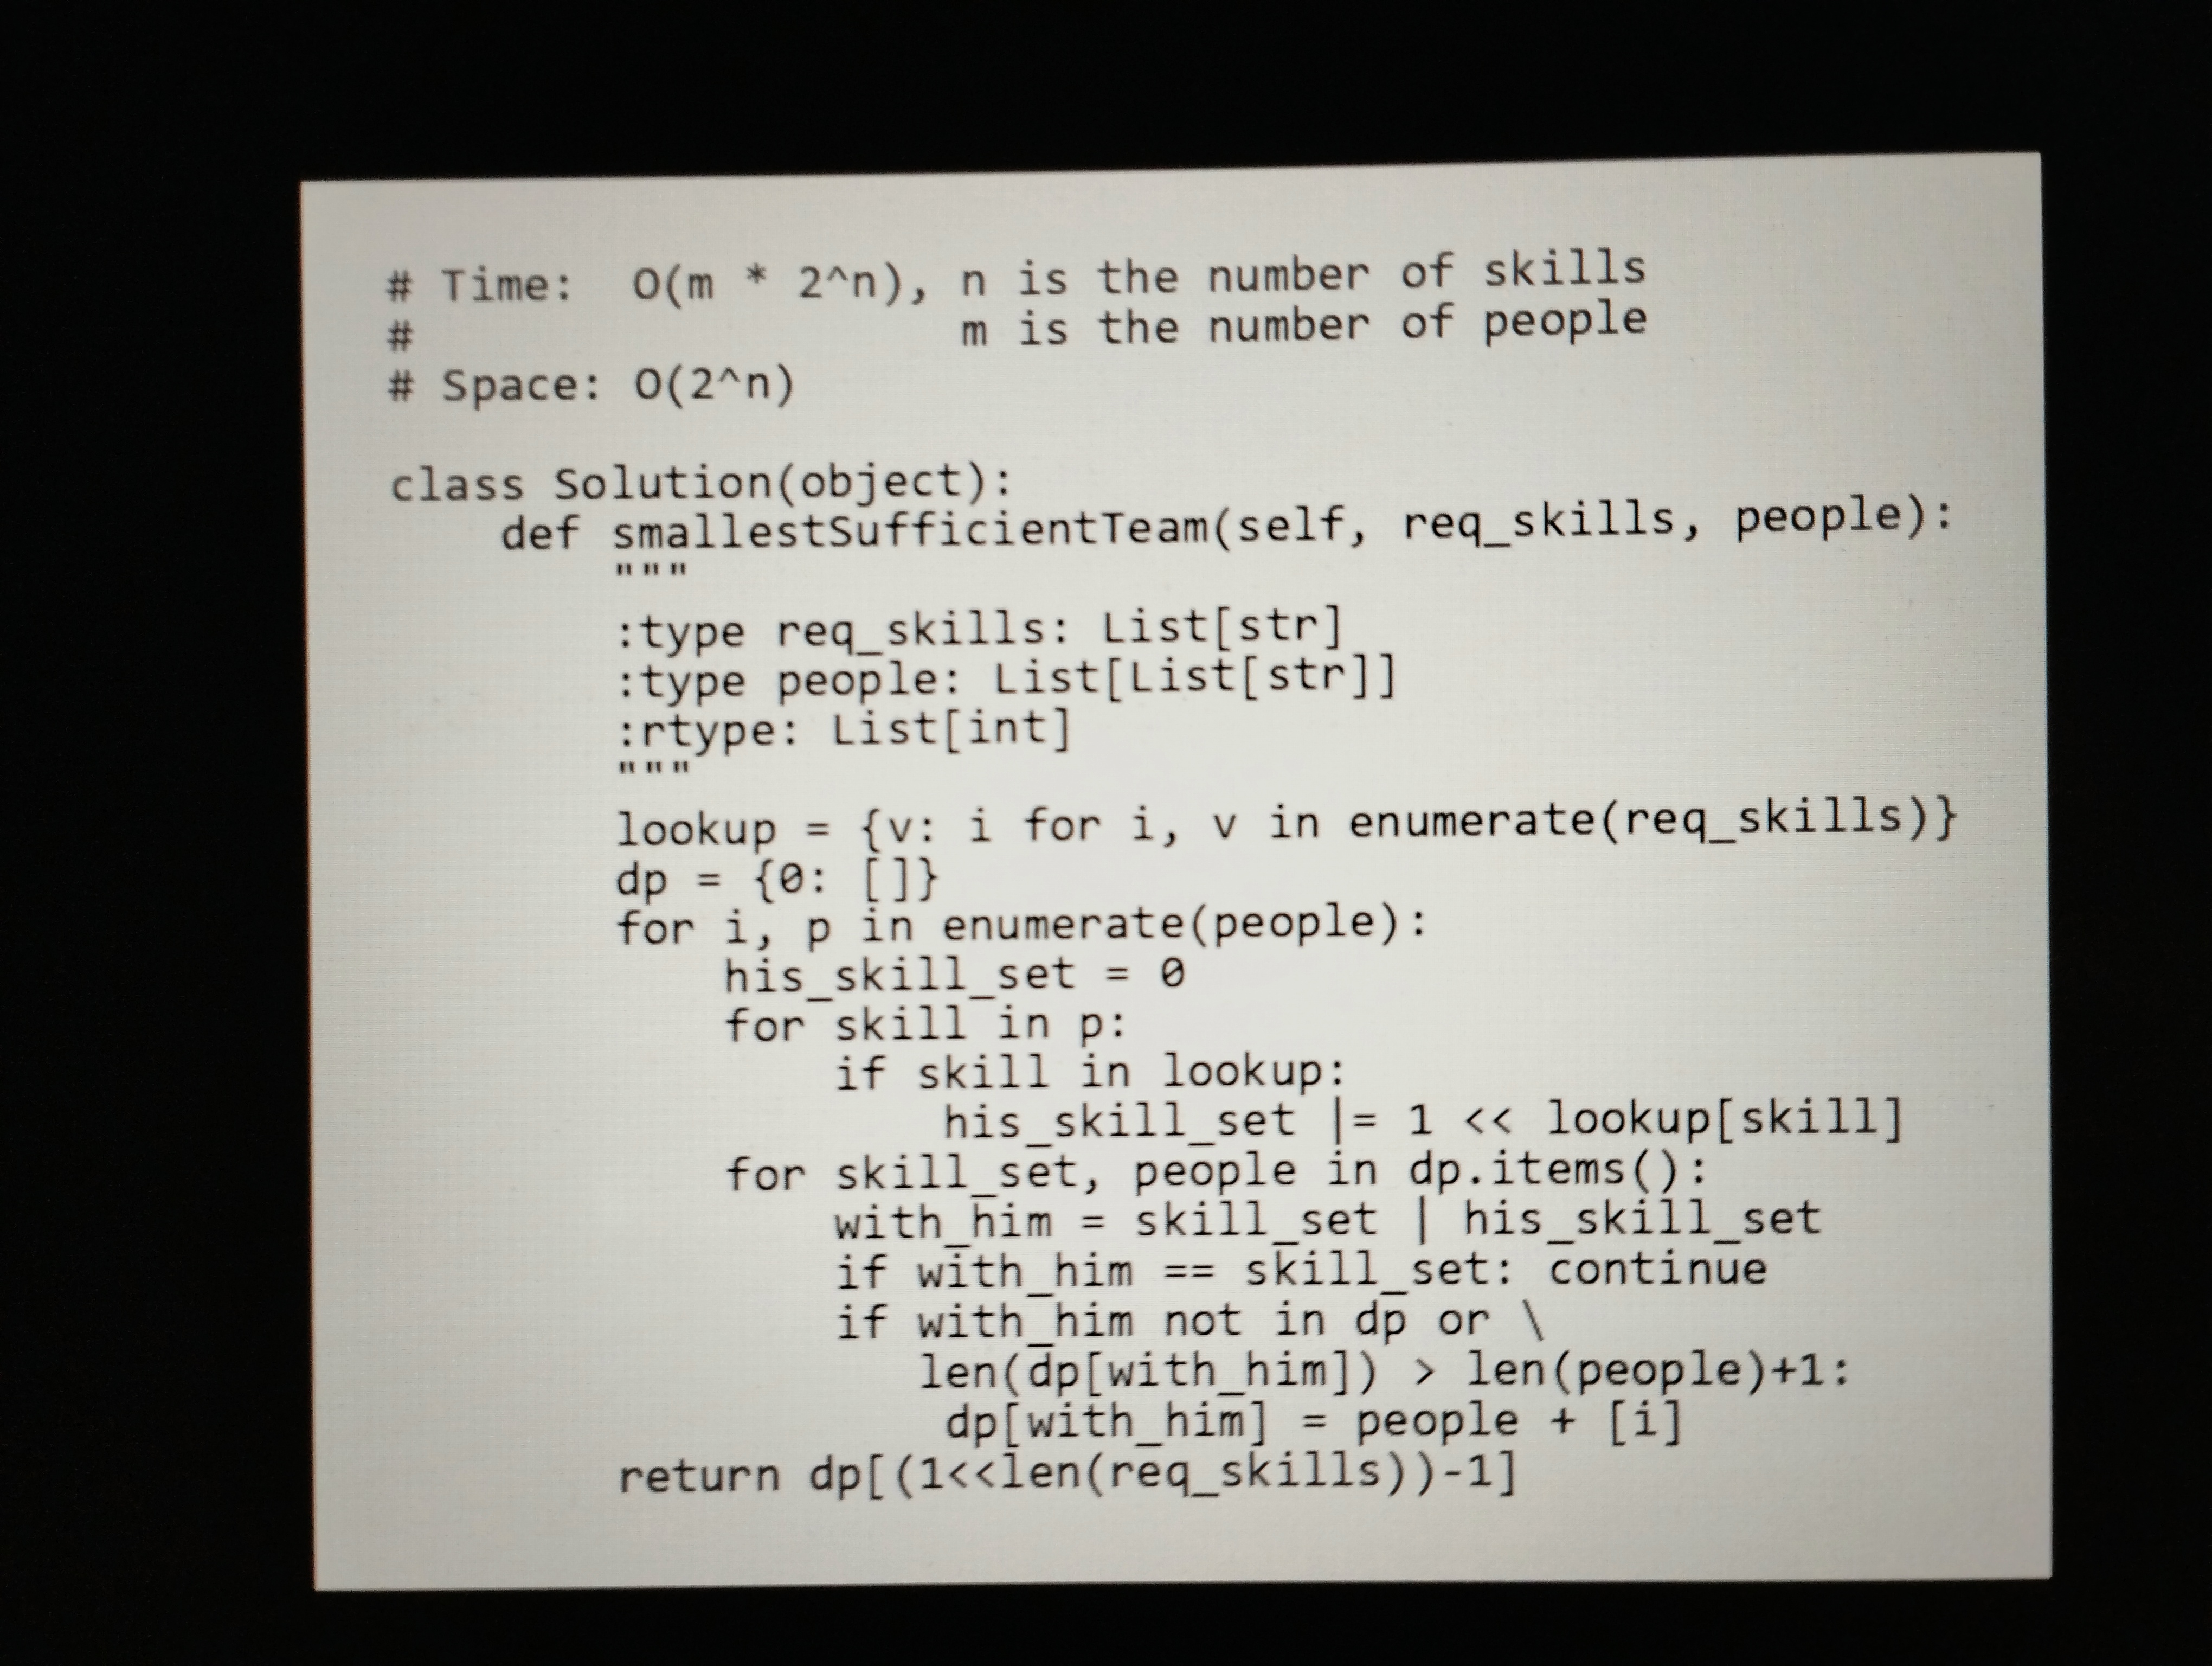
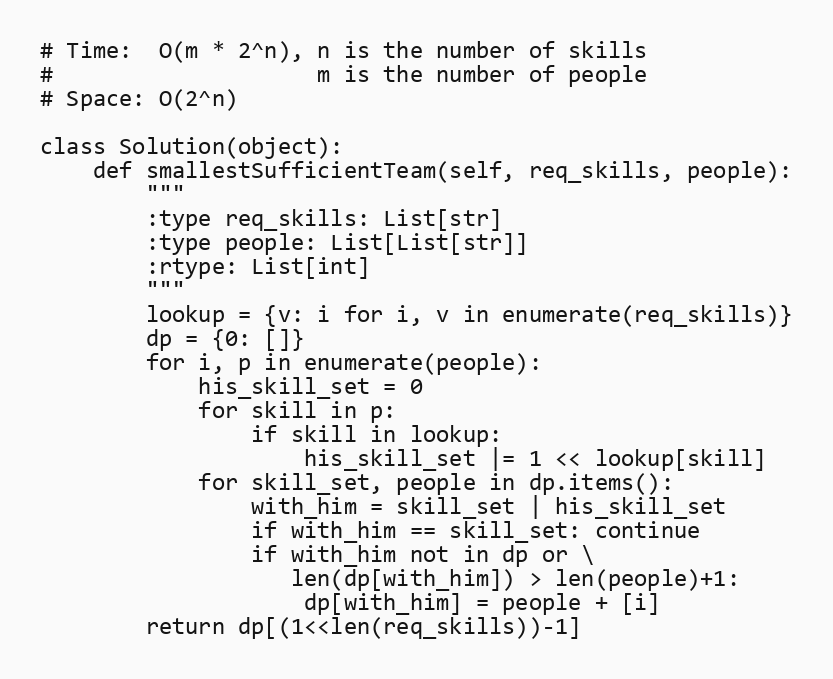
# Time:  O(m * 2^n), n is the number of skills
#                    m is the number of people
# Space: O(2^n)

class Solution(object):
    def smallestSufficientTeam(self, req_skills, people):
        """
        :type req_skills: List[str]
        :type people: List[List[str]]
        :rtype: List[int]
        """
        lookup = {v: i for i, v in enumerate(req_skills)}
        dp = {0: []}
        for i, p in enumerate(people):
            his_skill_set = 0
            for skill in p:
                if skill in lookup:
                    his_skill_set |= 1 << lookup[skill]
            for skill_set, people in dp.items():
                with_him = skill_set | his_skill_set
                if with_him == skill_set: continue
                if with_him not in dp or \
                   len(dp[with_him]) > len(people)+1:
                    dp[with_him] = people + [i]
        return dp[(1<<len(req_skills))-1]